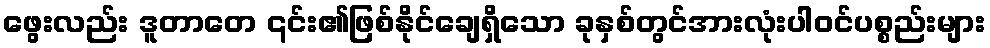
ဖွေးလည်း ဒူတာတေ ၎င်း၏ဖြစ်နိုင်ချေရှိသော ခုနှစ်တွင်အားလုံးပါဝင်ပစ္စည်းများ